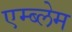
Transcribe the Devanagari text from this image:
एम्ब्लेम